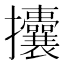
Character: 攮